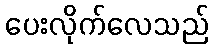
ပေးလိုက်လေသည်